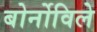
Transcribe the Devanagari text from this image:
बोर्नोविले